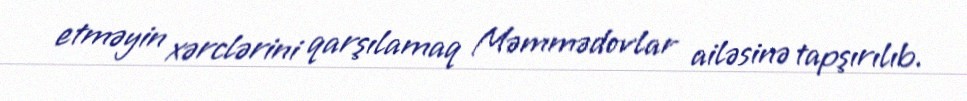
etməyin xərclərini qarşılamaq Məmmədovlar ailəsinə tapşırılıb.